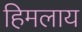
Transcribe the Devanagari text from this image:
हिमलाय